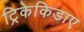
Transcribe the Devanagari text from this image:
ट्रिकेकिडाए